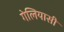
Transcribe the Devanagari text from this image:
गेलियासी